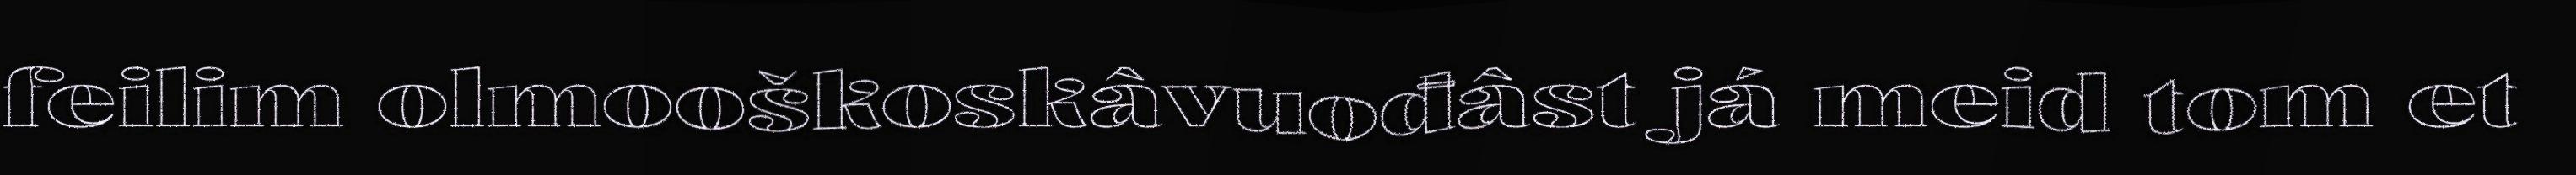
feilim olmooškoskâvuođâst já meid tom et